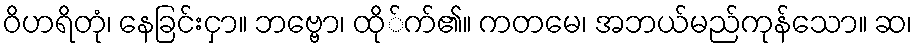
ဝိဟရိတုံ၊ နေခြင်းငှာ။ ဘဗ္ဗော၊ ထို်က်၏။ ကတမေ၊ အဘယ်မည်ကုန်သော။ ဆ၊